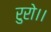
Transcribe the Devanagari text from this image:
रुरो।।